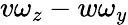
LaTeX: v\omega_{z}-w\omega_{y}